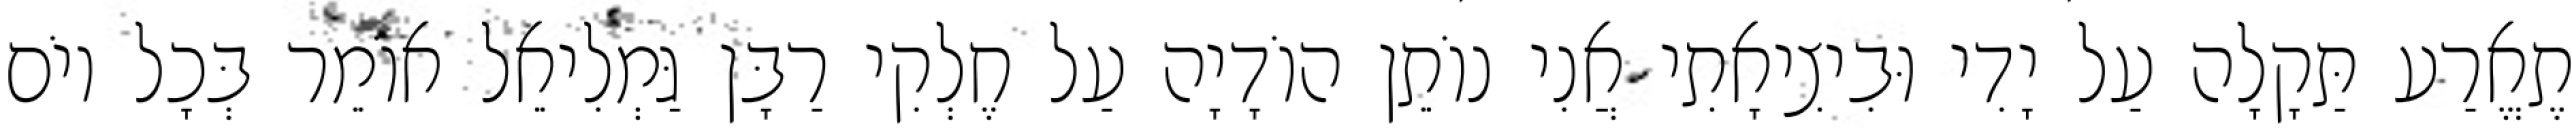
תֶאֱרַע תַּקָלָה עַל יָדִי וּבִיצִיאָתִי אֲנִי נוֹתֵן הוֹדָיָה עַל חֶלְקִי רַבָּן גַּמְלִיאֵל אוֹמֵר בְּכָל יוֹם